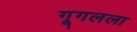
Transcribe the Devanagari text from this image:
गूगलला